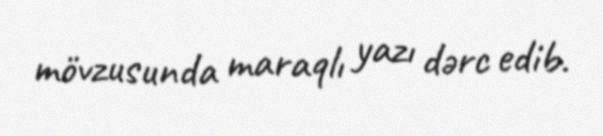
mövzusunda maraqlı yazı dərc edib.